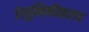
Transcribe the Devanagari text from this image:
ऐलुमिनीकरण